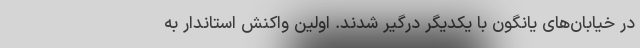
در خیابان‌های یانگون با یکدیگر درگیر شدند. اولین واکنش استاندار به